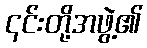
၎င်းတို့အဖွဲ့၏